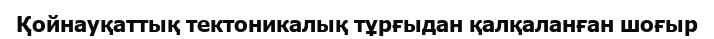
Қойнауқаттық тектоникалық тұрғыдан қалқаланған шоғыр